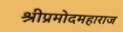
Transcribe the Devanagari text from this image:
श्रीप्रमोदमहाराज